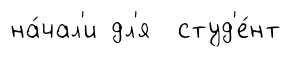
на́чал'и дл'я студ'е́нт